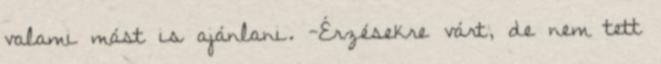
valami mást is ajánlani. -Érzésekre várt, de nem tett